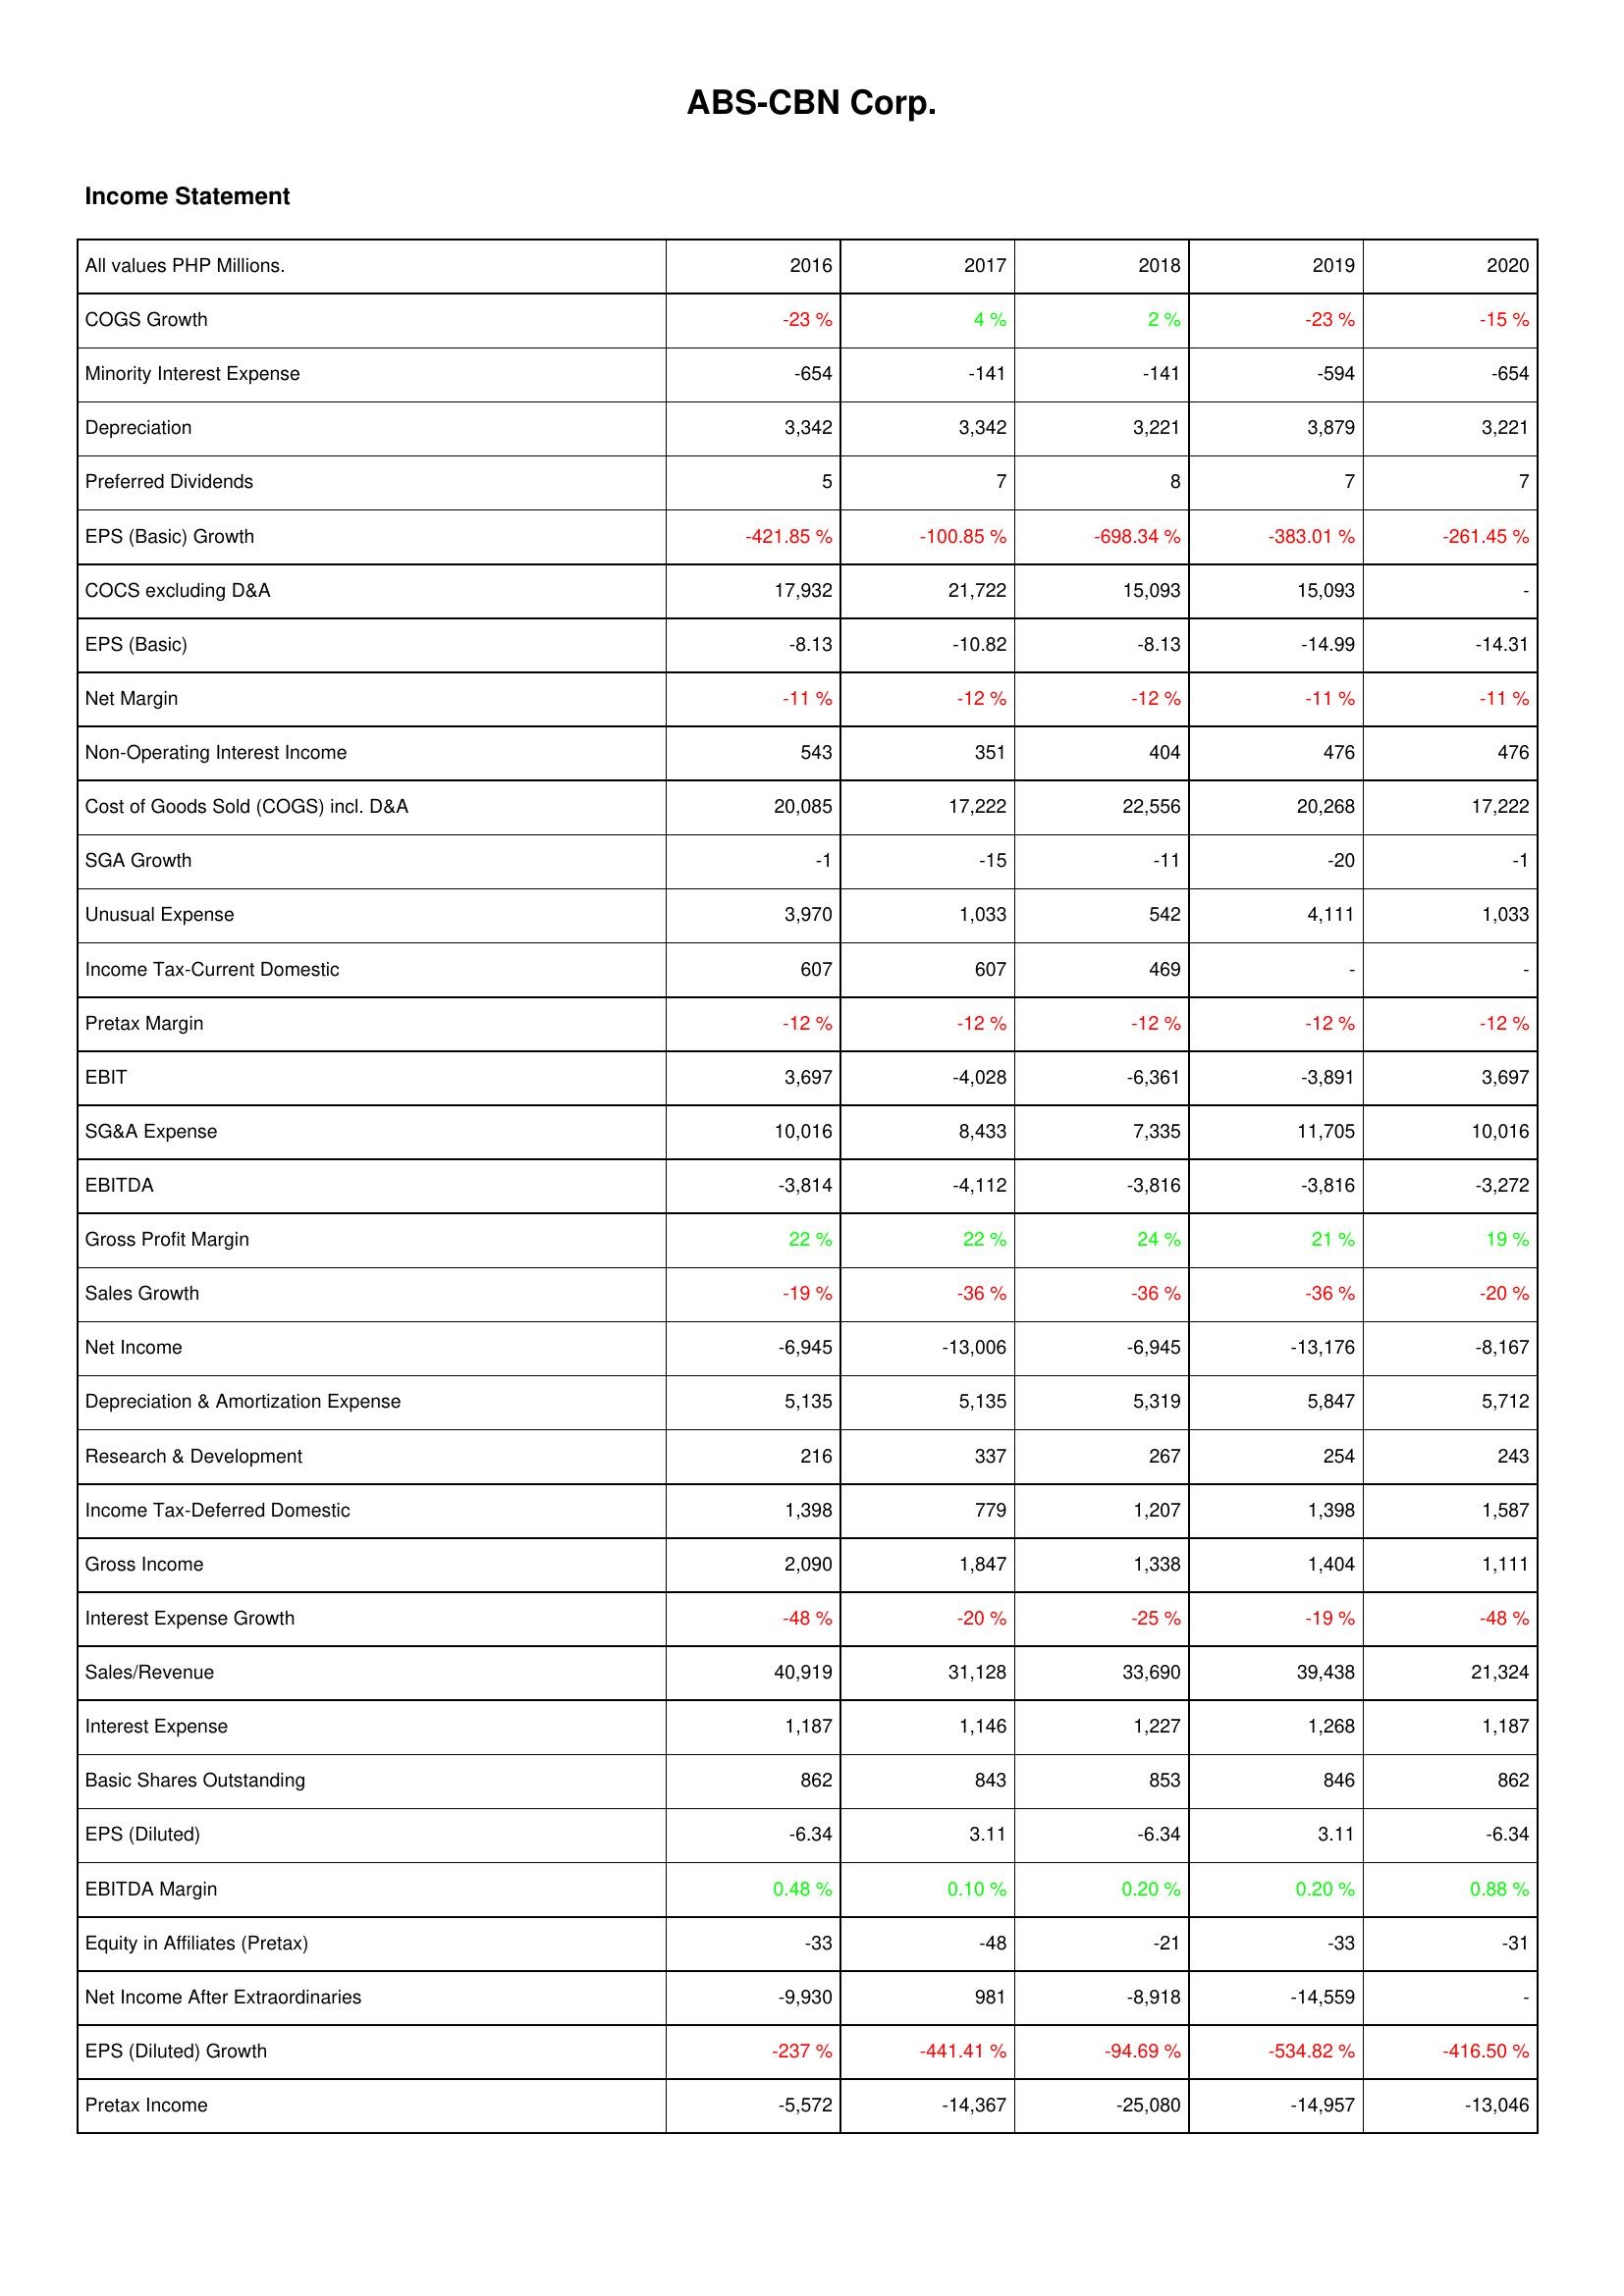
2016: Income Statement: COGS Growth: -23 %
Minority Interest Expense: -654
Depreciation: 3,342
Preferred Dividends: 5
EPS (Basic) Growth: -421.85 %
COCS excluding D&A: 17,932
EPS (Basic): -8.13
Net Margin: -11 %
Non-Operating Interest Income: 543
Cost of Goods Sold (COGS) incl. D&A: 20,085
SGA Growth: -1
Unusual Expense: 3,970
Income Tax-Current Domestic: 607
Pretax Margin: -12 %
EBIT: 3,697
SG&A Expense: 10,016
EBITDA: -3,814
Gross Profit Margin: 22 %
Sales Growth: -19 %
Net Income: -6,945
Depreciation & Amortization Expense: 5,135
Research & Development: 216
Income Tax-Deferred Domestic: 1,398
Gross Income: 2,090
Interest Expense Growth: -48 %
Sales/Revenue: 40,919
Interest Expense: 1,187
Basic Shares Outstanding: 862
EPS (Diluted): -6.34
EBITDA Margin: 0.48 %
Equity in Affiliates (Pretax): -33
Net Income After Extraordinaries: -9,930
EPS (Diluted) Growth: -237 %
Pretax Income: -5,572
2017: Income Statement: COGS Growth: 4 %
Minority Interest Expense: -141
Depreciation: 3,342
Preferred Dividends: 7
EPS (Basic) Growth: -100.85 %
COCS excluding D&A: 21,722
EPS (Basic): -10.82
Net Margin: -12 %
Non-Operating Interest Income: 351
Cost of Goods Sold (COGS) incl. D&A: 17,222
SGA Growth: -15
Unusual Expense: 1,033
Income Tax-Current Domestic: 607
Pretax Margin: -12 %
EBIT: -4,028
SG&A Expense: 8,433
EBITDA: -4,112
Gross Profit Margin: 22 %
Sales Growth: -36 %
Net Income: -13,006
Depreciation & Amortization Expense: 5,135
Research & Development: 337
Income Tax-Deferred Domestic: 779
Gross Income: 1,847
Interest Expense Growth: -20 %
Sales/Revenue: 31,128
Interest Expense: 1,146
Basic Shares Outstanding: 843
EPS (Diluted): 3.11
EBITDA Margin: 0.10 %
Equity in Affiliates (Pretax): -48
Net Income After Extraordinaries: 981
EPS (Diluted) Growth: -441.41 %
Pretax Income: -14,367
2018: Income Statement: COGS Growth: 2 %
Minority Interest Expense: -141
Depreciation: 3,221
Preferred Dividends: 8
EPS (Basic) Growth: -698.34 %
COCS excluding D&A: 15,093
EPS (Basic): -8.13
Net Margin: -12 %
Non-Operating Interest Income: 404
Cost of Goods Sold (COGS) incl. D&A: 22,556
SGA Growth: -11
Unusual Expense: 542
Income Tax-Current Domestic: 469
Pretax Margin: -12 %
EBIT: -6,361
SG&A Expense: 7,335
EBITDA: -3,816
Gross Profit Margin: 24 %
Sales Growth: -36 %
Net Income: -6,945
Depreciation & Amortization Expense: 5,319
Research & Development: 267
Income Tax-Deferred Domestic: 1,207
Gross Income: 1,338
Interest Expense Growth: -25 %
Sales/Revenue: 33,690
Interest Expense: 1,227
Basic Shares Outstanding: 853
EPS (Diluted): -6.34
EBITDA Margin: 0.20 %
Equity in Affiliates (Pretax): -21
Net Income After Extraordinaries: -8,918
EPS (Diluted) Growth: -94.69 %
Pretax Income: -25,080
2019: Income Statement: COGS Growth: -23 %
Minority Interest Expense: -594
Depreciation: 3,879
Preferred Dividends: 7
EPS (Basic) Growth: -383.01 %
COCS excluding D&A: 15,093
EPS (Basic): -14.99
Net Margin: -11 %
Non-Operating Interest Income: 476
Cost of Goods Sold (COGS) incl. D&A: 20,268
SGA Growth: -20
Unusual Expense: 4,111
Income Tax-Current Domestic: -
Pretax Margin: -12 %
EBIT: -3,891
SG&A Expense: 11,705
EBITDA: -3,816
Gross Profit Margin: 21 %
Sales Growth: -36 %
Net Income: -13,176
Depreciation & Amortization Expense: 5,847
Research & Development: 254
Income Tax-Deferred Domestic: 1,398
Gross Income: 1,404
Interest Expense Growth: -19 %
Sales/Revenue: 39,438
Interest Expense: 1,268
Basic Shares Outstanding: 846
EPS (Diluted): 3.11
EBITDA Margin: 0.20 %
Equity in Affiliates (Pretax): -33
Net Income After Extraordinaries: -14,559
EPS (Diluted) Growth: -534.82 %
Pretax Income: -14,957
2020: Income Statement: COGS Growth: -15 %
Minority Interest Expense: -654
Depreciation: 3,221
Preferred Dividends: 7
EPS (Basic) Growth: -261.45 %
COCS excluding D&A: -
EPS (Basic): -14.31
Net Margin: -11 %
Non-Operating Interest Income: 476
Cost of Goods Sold (COGS) incl. D&A: 17,222
SGA Growth: -1
Unusual Expense: 1,033
Income Tax-Current Domestic: -
Pretax Margin: -12 %
EBIT: 3,697
SG&A Expense: 10,016
EBITDA: -3,272
Gross Profit Margin: 19 %
Sales Growth: -20 %
Net Income: -8,167
Depreciation & Amortization Expense: 5,712
Research & Development: 243
Income Tax-Deferred Domestic: 1,587
Gross Income: 1,111
Interest Expense Growth: -48 %
Sales/Revenue: 21,324
Interest Expense: 1,187
Basic Shares Outstanding: 862
EPS (Diluted): -6.34
EBITDA Margin: 0.88 %
Equity in Affiliates (Pretax): -31
Net Income After Extraordinaries: -
EPS (Diluted) Growth: -416.50 %
Pretax Income: -13,046